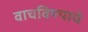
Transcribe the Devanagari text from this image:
वाचविण्याचे